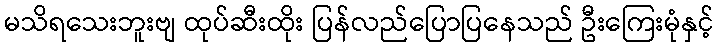
မသိရသေးဘူးဗျ ထုပ်ဆီးထိုး ပြန်လည်ပြောပြနေသည် ဦးကြေးမုံနှင့်